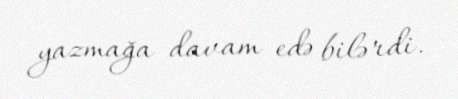
yazmağa davam edə bilərdi.